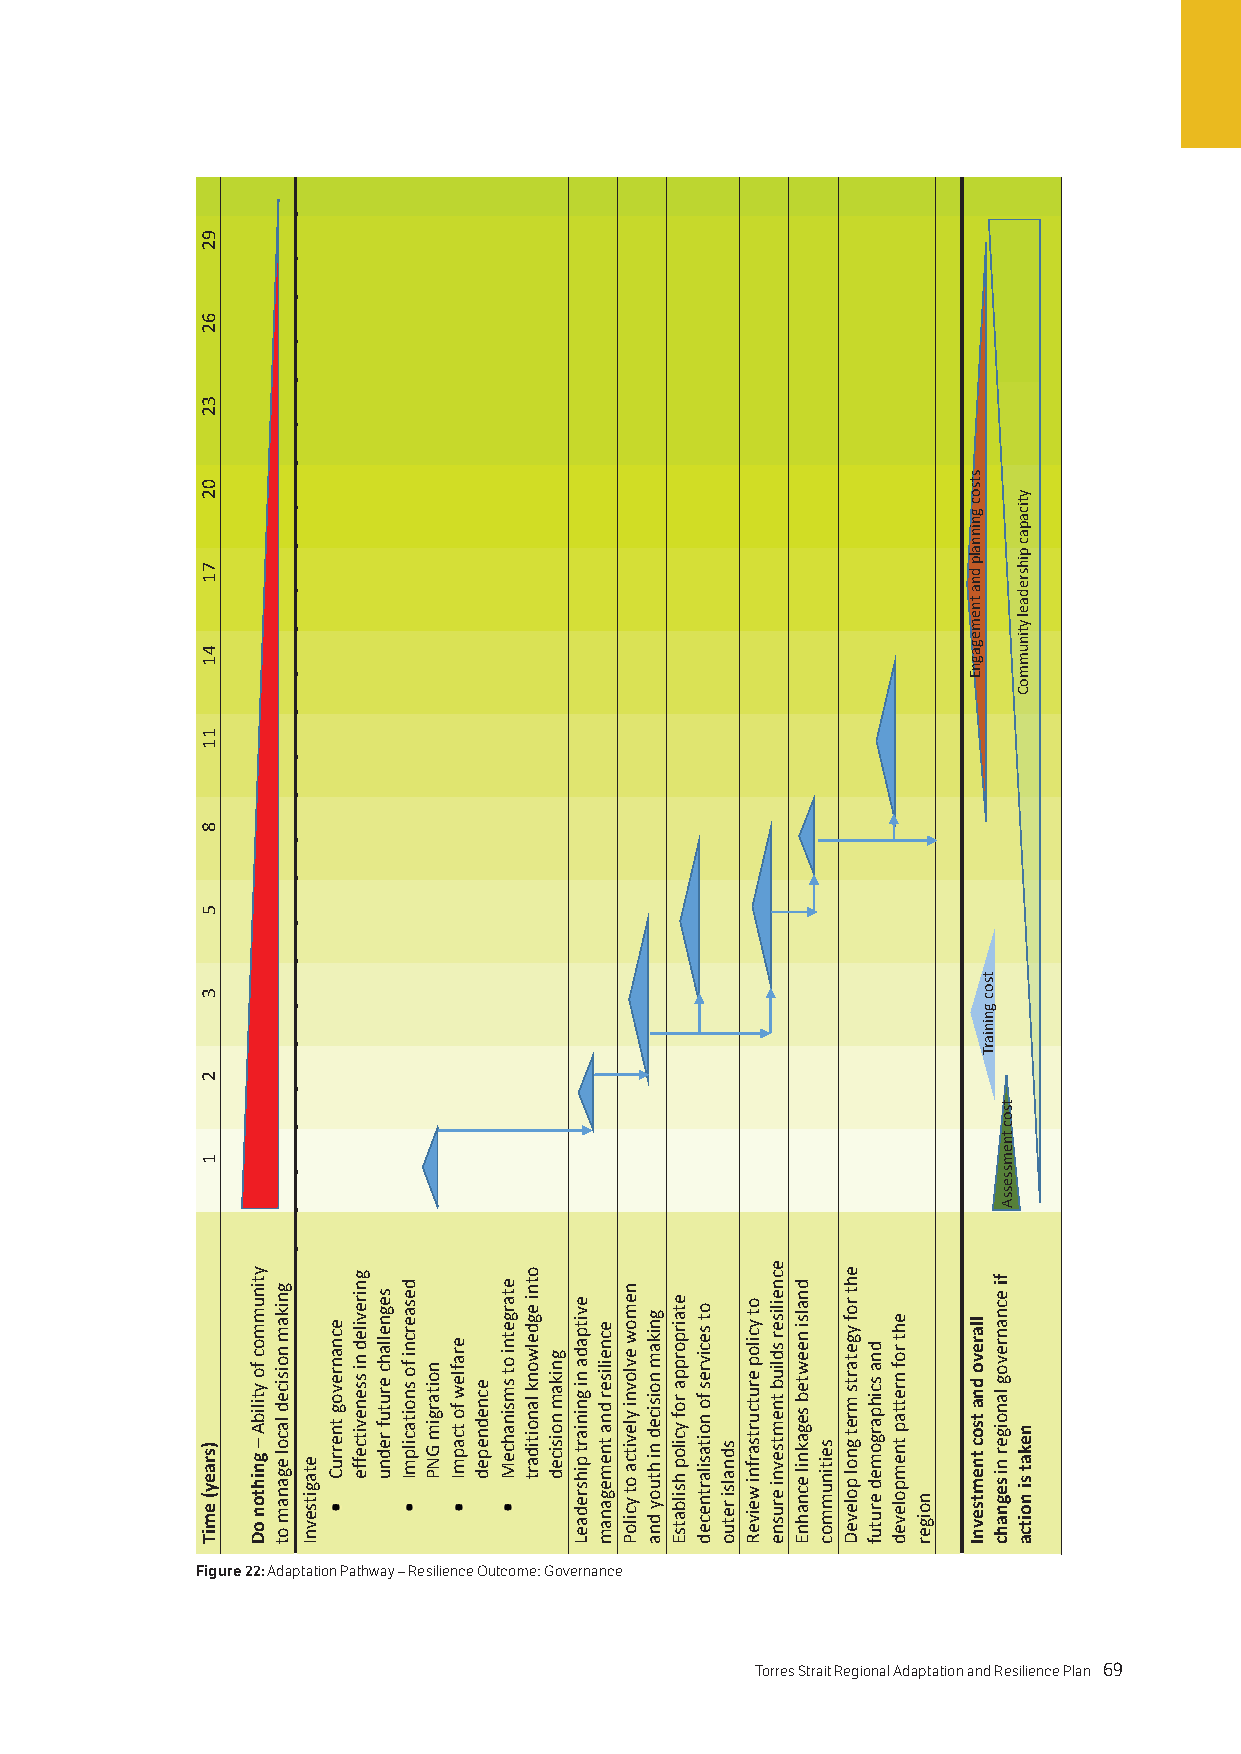
Figure 22: Adaptation Pathway – Resilience Outcome: Governance
 68 Torres Strait Regional Adaptation and Resilience Plan Torres Strait Regional Adaptation and Resilience Plan 69
 92
 62
 32
 02
 71
 41
 11
 8
 5
 3
 2
 1
 )sraey(
 emiT
 ytinummoc
 fo
 ytilibA
 –
 gnihton
 oD
 gnikam
 noisiced
 lacol
 eganam
 ot
 etagitsevnI
 ecnanrevog
 tnerruC
 gnireviled
 ni
 ssenevitceffe
 segnellahc
 erutuf
 rednu
 desaercni
 fo
 snoitacilpmI
 noitargim
 GNP
 eraflew
 fo tcapmI
 ecnedneped
 etargetni
 ot
 smsinahceM
 otni egdelwonk
 lanoitidart
 gnikam
 noisiced
 evitpada
 ni gniniart
 pihsredaeL
 ecneiliser
 dna
 tnemeganam
 nemow
 evlovni
 ylevitca
 ot
 yciloP
 gnikam
 noisiced
 ni
 htuoy
 dna
 etairporppa
 rof
 ycilop
 hsilbatsE
 ot
 secivres
 fo
 noitasilartneced
 sdnalsi
 retuo
 ot
 ycilop
 erutcurtsarfni
 weiveR
 ecneiliser
 sdliub
 tnemtsevni
 erusne
 dnalsi
 neewteb
 segaknil
 ecnahnE
 seitinummoc
 eht rof
 ygetarts
 mret
 gnol
 poleveD
 dna
 scihpargomed
 erutuf
 eht
 rof
 nrettap
 tnempoleved
 noiger
 stso
 c
 gnin
 nalp
 dn
 a
 tne
 megag
 nE
 llarevo
 dna
 tsoc
 tnemtsevnI
 tsoc
 gniniarT
 fi ecnanrevog
 lanoiger
 ni
 segnahc
 tsoc
 tnemssessA
 yticapac
 pihsredael
 ytinummoC
 nekat
 si
 noitca